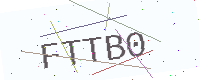
Text: FTTB0